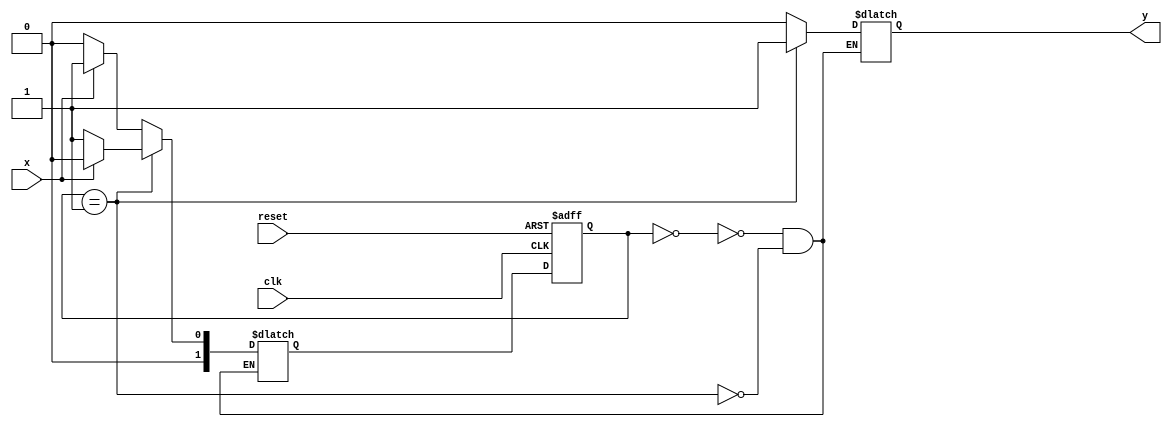
module fsm(
    input clk,
    input reset,
    input x,
    output reg y
);

// Define the states
parameter S0 = 2'b00;
parameter S1 = 2'b01;

// Define the state register
reg [1:0] state, next_state;

// Define the state transition logic
always @(posedge clk or posedge reset) begin
    if(reset) begin
        state <= S0;
    end else begin
        state <= next_state;
    end
end

// Define the next state logic based on current state and input
always @(state, x) begin
    case(state)
        S0: begin
            if(x) begin
                next_state = S1;
            end else begin
                next_state = S0;
            end
        end
        S1: begin
            if(x) begin
                next_state = S0;
            end else begin
                next_state = S1;
            end
        end
    endcase
end

// Define the output logic
always @(state) begin
    case(state)
        S0: begin
            y = 1'b0;
        end
        S1: begin
            y = 1'b1;
        end
    endcase
end

endmodule